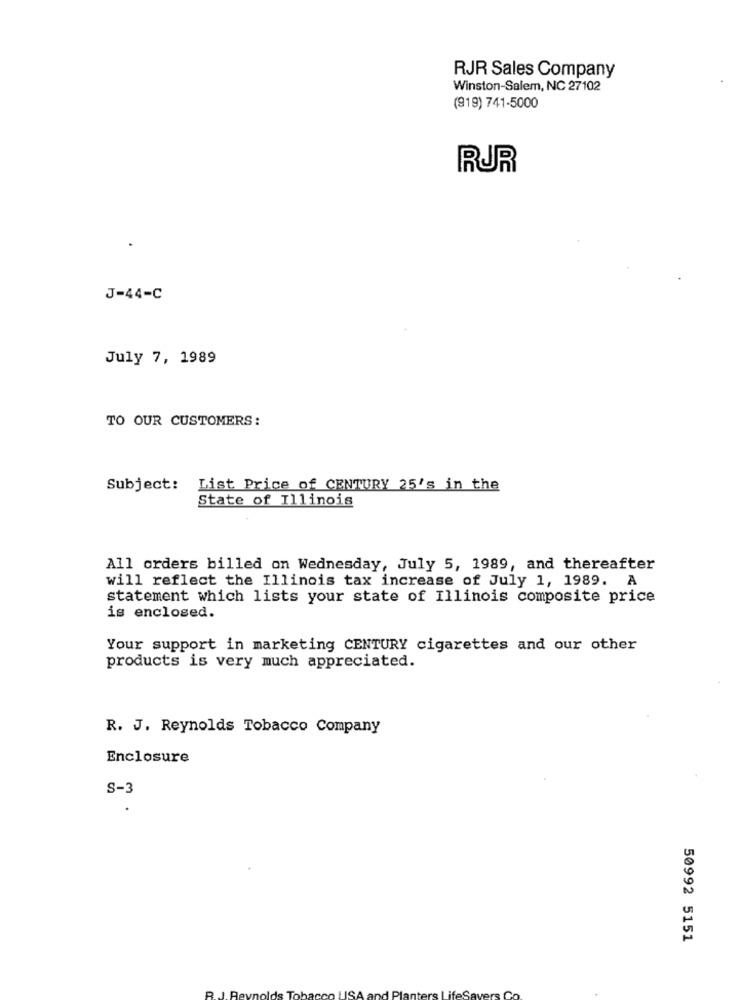
RJR Sales Company
Winston-Salem, NC 27102
(919) 741-5000
RUR
J-44-C
July 7, 1989
TO OUR CUSTOMERS:
Subject: List Price of CENTURY 25's in the
State of Illinois
All orders billed on Wednesday, July 5, 1989, and thereafter
will reflect the Illinois tax increase of July 1, 1989. A
statement which lists your state of Illinois composite price
is enclosed.
Your support in marketing CENTURY cigarettes and our other
products is very much appreciated.
R. J. Reynolds Tobacco Company
Enclosure
S-3
50992 5151
ifes